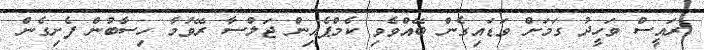
ރައީސް ވަހީދު ގަމަށް ވަޑައިގެން ބޭއްވެވި ކެމްޕެއިން ޖަލްސާ ރޭވުމާ ހިސާބުން ފެށިގެން